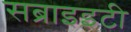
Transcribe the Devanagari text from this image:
सब्राइइटी